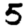
Digit: 5